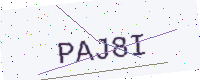
Text: PAJ8I